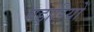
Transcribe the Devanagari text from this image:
घड़ारियों